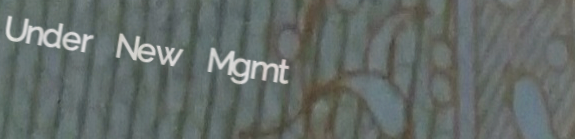
Under New Mgmt